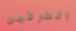
الطرفين